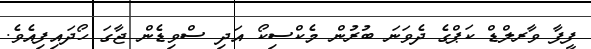
ފީފާ ވާރލްޑް ކަޕްގެ ދެވަނަ ބުރުން މެކްސިކޯ އަދި ސްވިޑެން ޖާގަ ހޯދައިފިއެވެ.